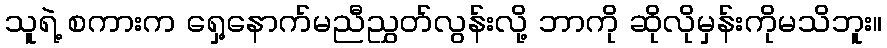
သူရဲ့ စကားက ရှေ့နောက်မညီညွှတ်လွန်းလို့ ဘာကို ဆိုလိုမှန်းကိုမသိဘူး။